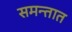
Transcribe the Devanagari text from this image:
समन्तात